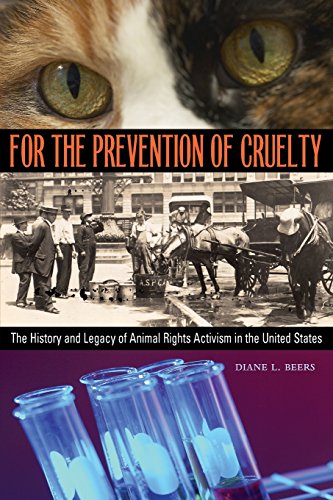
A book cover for For the Prevention of Cruelty: The History and Legacy of Animal Rights Activism in the United States; Diane L. Beers; Science & Math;